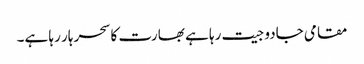
مقامی جادو جیت رہا ہے بھارت کا سحر ہار رہا ہے۔